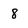
Character: 8